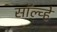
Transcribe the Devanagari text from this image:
सॉल्व्हे